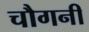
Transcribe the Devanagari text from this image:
चौगनी